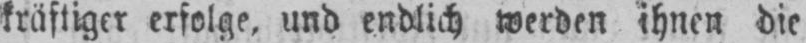
kräftiger erfolge, und endlich werden ihnen die